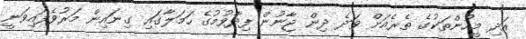
އަދި މީހުންތަކުގެ ތެރެއަށް ވަދެ ދިން ޖާނުން ފިދާވުމުގެ ހަމަލާގައި ގިނައިން މަރުވެފައިވަނީ